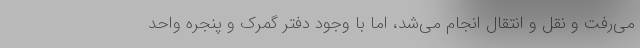
می‌رفت و نقل و انتقال انجام می‌شد، اما با وجود دفتر گمرک و پنجره واحد